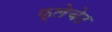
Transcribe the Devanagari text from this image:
फ्लेचेट